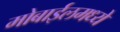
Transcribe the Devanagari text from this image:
मोबाईलमध्ये